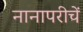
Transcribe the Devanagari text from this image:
नानापरीचें